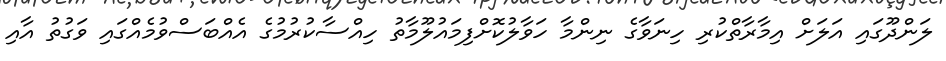
ލަންދޫގައި އަލަށް އިމާރާތްކުރި ހިނަވާގެ ނިންމާ ހަވާލުކޮށްފިމައުލޫމާތު ހިއްސާކުރުމުގެ އެއްބަސްވުމެއްގައި ވަގުތު އާއި